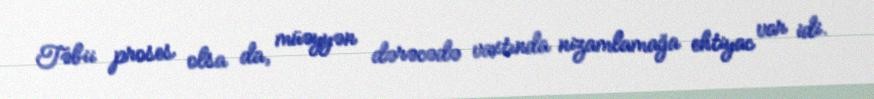
Təbii proses olsa da, müəyyən dərəcədə vaxtında nizamlamağa ehtiyac var idi.